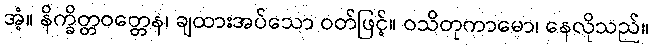
အံ့။ နိက္ခိတ္တဝတ္တေန၊ ချထားအပ်သော ဝတ်ဖြင့်။ ဝသိတုကာမော၊ နေလိုသည်။